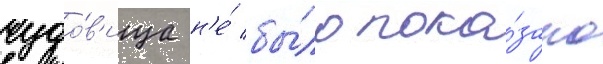
чудо́в'ища н'е́ бы́ло пока́зано